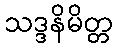
သဒ္ဒနိမိတ္တ